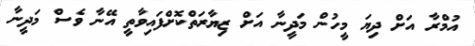
އުމްރާ އަށް ދިޔަ މީހުން މަދީނާ އަށް ޒިޔާރަތްކޮށްފައިވާތީ އޭނާ ވެސް މަދީނާ